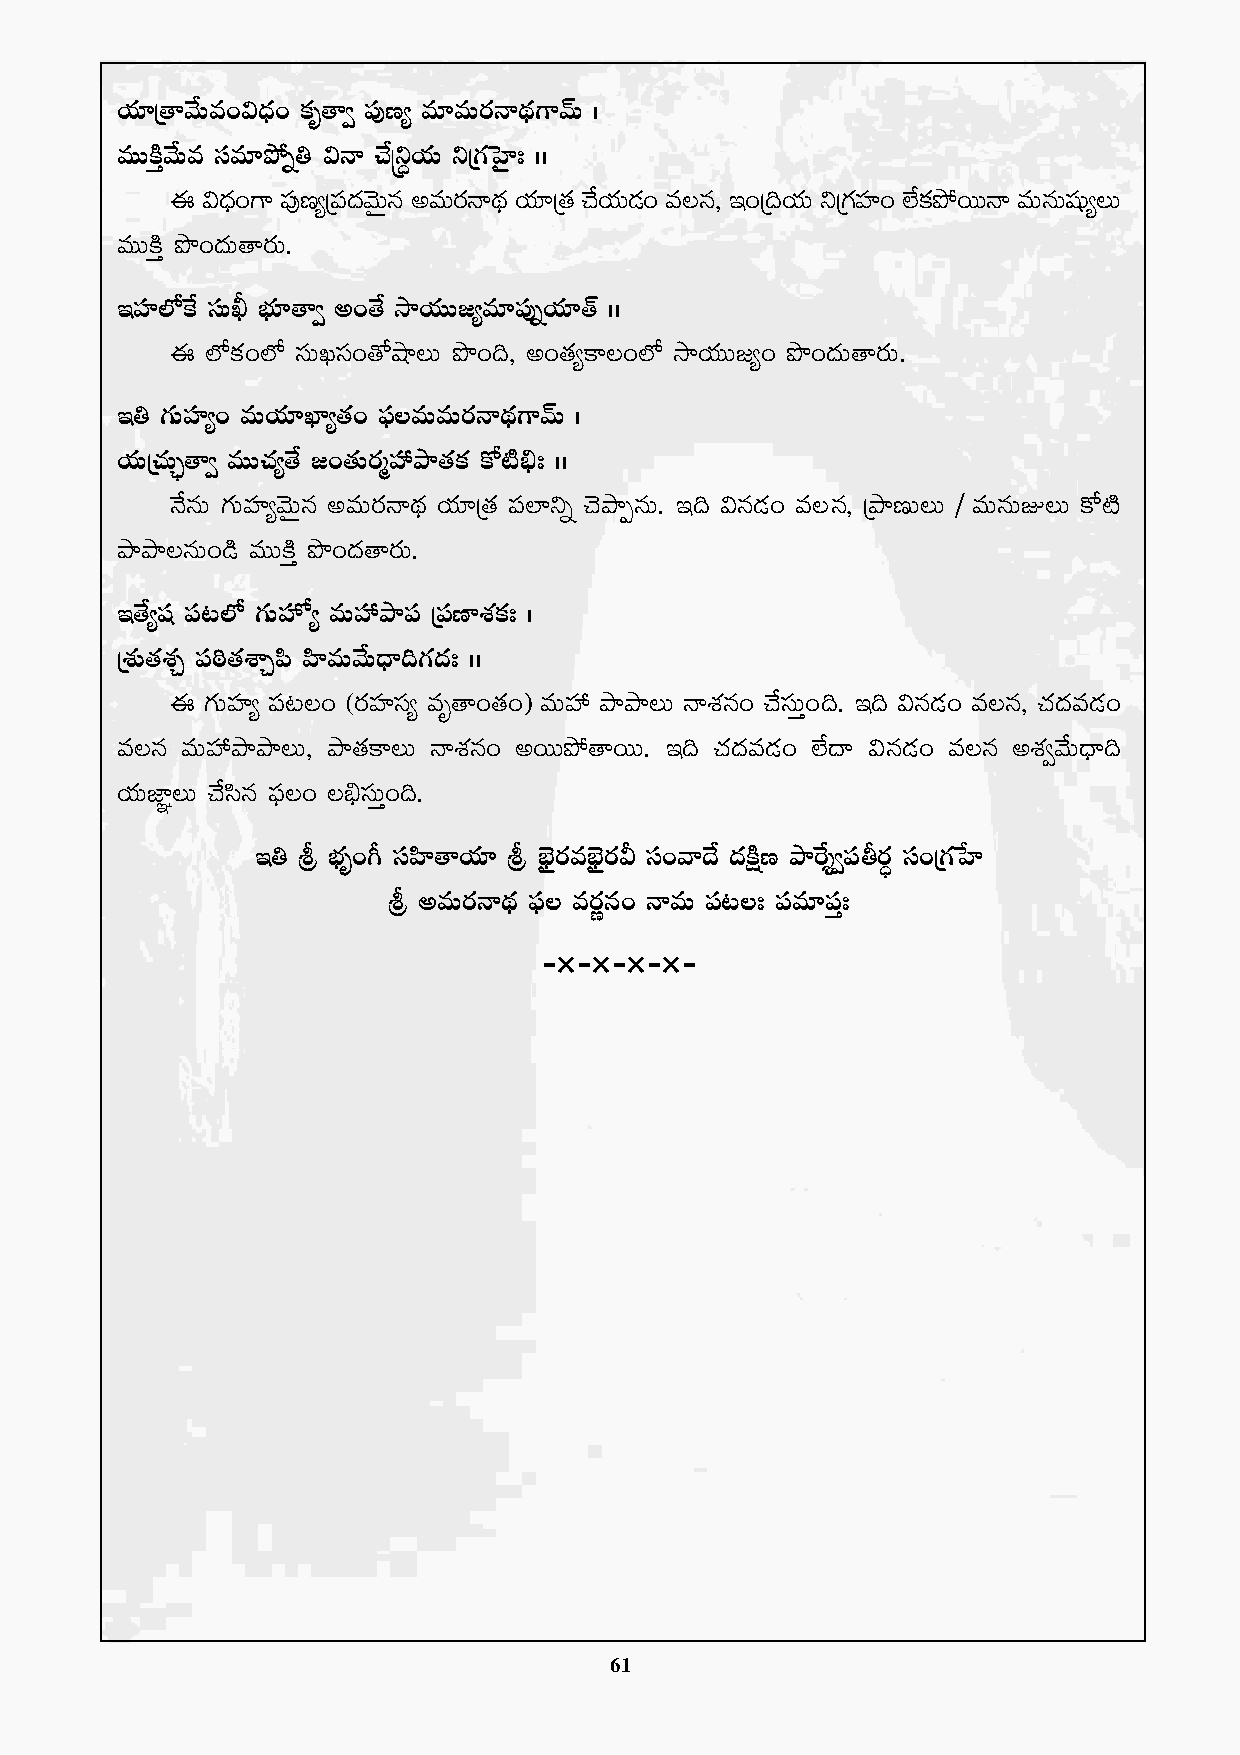
j·÷Á‘êy˚Te+$<Ûä+ ø£è‘ê« |ü⁄D´ e÷eTs¡Hê<∏ä>±yéT ˆ
 eTTøÏÔy˚Te düe÷b˛ï‹ $Hê #˚Åì›j·T ìÁ>∑ôV’≤' ˆˆ
 á $<+äÛ >± |⁄üD´Á|<ü yä TÓ qÆ neTsH¡ ê< ä∏ j÷· Á‘ · #j˚ T· &+É e\q, Ç+Á~jT· ìÁ>V∑ ≤ü + ˝øÒ b£ ˛sTTHê eTqTwßü ´\T
 eTTøÏÔ bı+<äT‘ês¡T.
 ÇVü≤˝Àπø düTF uÛÑ÷‘ê« n+‘˚ kÕj·TT»´e÷|ü⁄ïj·÷‘Y ˆˆ
 á  ˝Àø£+˝À düTKdü+‘√cÕ\T bı+~, n+‘·´ø±\+˝À kÕj·TT»´+ bı+<äT‘ês¡T.
 Ç‹ >∑TVü≤´+ eTj·÷U≤´‘·+ |òü\eTeTs¡Hê<∏ä>±yéT ˆ
 j·TÁ#·TÃ¤‘ê« eTT#·´‘˚ »+‘·Ts¡àVü‰bÕ‘·ø£ ø√{Ï_Û' ˆˆ
 H˚qT >∑TVü≤´yÓTÆq neTs¡Hê<∏ä j·÷Á‘· |ü˝≤ìï #ÓbÕŒqT. Ç~ $q&É+ e\q, ÁbÕDT\T / eTqTE\T ø√{Ï
 bÕbÕ\qT+&ç eTTøÏÔ bı+<ä‘ês¡T.
 Ç‘˚´wü |ü≥˝À >∑T¨´ eTVü‰bÕ|ü Á|üD≤X¯ø£' ˆ
 ÁX¯ó‘·X¯Ã |ü]ƒ‘·XÊÃ|æ Væ≤eTy˚T<Ûë~>∑<ä' ˆˆ
 á  >∑TVü≤´ |ü≥\+ (s¡Vü≤dü´ eè‘ê+‘·+) eTVü‰ bÕbÕ\T HêX¯q+ #˚düTÔ+~. Ç~ $q&É+ e\q, #·<äe&É+
 e\q eTVü‰bÕbÕ\T, bÕ‘·ø±\T HêX¯q+ nsTTb˛‘êsTT. Ç~ #·<äe&É+ ˝Ò<ë $q&É+ e\q nX¯«y˚T<Ûë~
 j·TC≤„\T #˚dæq |òü\+ \_ÛdüTÔ+~.
 Ç‹ l uÛÑè+^ düVæ≤‘êj·÷ l uÛ…’s¡euÛ…’s¡M dü+yê<˚ <äøÏåD bÕπsÙ«|ürs¡∆ dü+Á>∑ùV≤
 l neTs¡Hê<∏ä |òü\ es¡íq+ HêeT |ü≥\' |üe÷|üÔ'
 `I`I`I`I`
 61